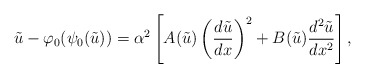
\begin{align*} \tilde{u} - \varphi_{0}(\psi_{0}(\tilde{u})) = \alpha^{2}\left[ A(\tilde{u})\left( \frac{d\tilde{u}}{dx} \right)^{2} + B(\tilde{u})\frac{d^{2}\tilde{u}}{dx^{2}} \right], \end{align*}